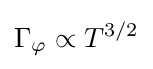
\Gamma _{\varphi }\propto T^{3/2}